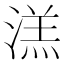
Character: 溔